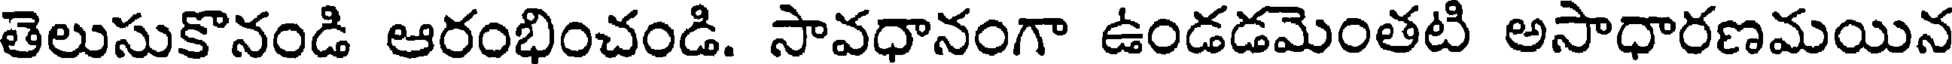
తెలుసుకొనండి ఆరంభించండి. సావధానంగా ఉండడమెంతటి అసాధారణమయిన